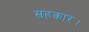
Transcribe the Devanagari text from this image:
सहकार।